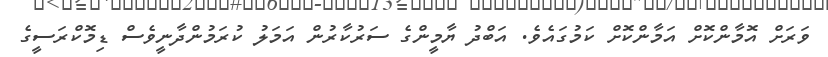
ވަރަށް އޮމާންކޮށް އަމާންކޮށް ކަމުގައެވެ. އަބްދު ޔާމީންގެ ސަރުކާރުން އަމަލު ކުރަމުންދާނީވެސް ޑިމޮކްރަސީގެ